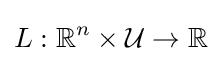
L:\mathbb {R} ^{n}\times {\mathcal {U}}\to \mathbb {R}